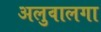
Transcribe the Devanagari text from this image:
अलुवालगा